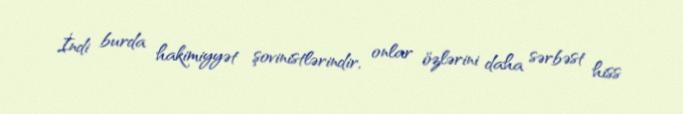
İndi burda hakimiyyət şovinistlərindir, onlar özlərini daha sərbəst hiss